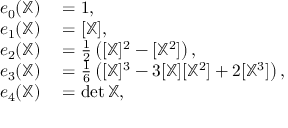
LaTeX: \begin{array} { r l } { e _ { 0 } ( \mathbb { X } ) } & { { } = 1 , } \\ { e _ { 1 } ( \mathbb { X } ) } & { { } = [ \mathbb { X } ] , } \\ { e _ { 2 } ( \mathbb { X } ) } & { { } = { \frac { 1 } { 2 } } \left( [ \mathbb { X } ] ^ { 2 } - [ \mathbb { X } ^ { 2 } ] \right) , } \\ { e _ { 3 } ( \mathbb { X } ) } & { { } = { \frac { 1 } { 6 } } \left( [ \mathbb { X } ] ^ { 3 } - 3 [ \mathbb { X } ] [ \mathbb { X } ^ { 2 } ] + 2 [ \mathbb { X } ^ { 3 } ] \right) , } \\ { e _ { 4 } ( \mathbb { X } ) } & { { } = \det \mathbb { X } , } \end{array}